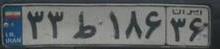
۳۳ط۱۸۶۳۶